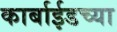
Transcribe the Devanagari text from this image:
कार्बाईडच्या